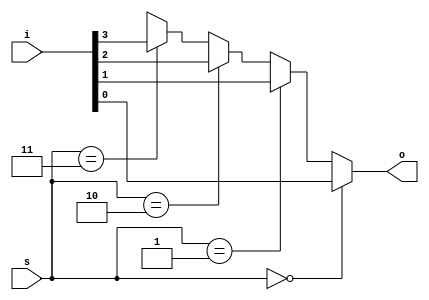
module mux_if_unbal_4_1_nonexcl #(parameter N=4, parameter W=1) (input [N*W-1:0] i, input [$clog2(N)-1:0] s, output reg [W-1:0] o);
always @*
    if (s == 0) o <= i[0*W+:W];
    else if (s == 1) o <= i[1*W+:W];
    else if (s == 2) o <= i[2*W+:W];
    else if (s == 3) o <= i[3*W+:W];
	else if (s == 0) o <= {W{1'b0}};
    else o <= {W{1'bx}};
endmodule